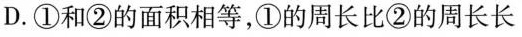
D.①和②的面积相等，①的周长比②的周长长